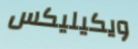
ويكيليكس